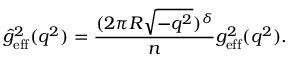
\hat { g } _ { \mathrm { e f f } } ^ { 2 } ( q ^ { 2 } ) = \frac { ( 2 \pi R \sqrt { - q ^ { 2 } } ) ^ { \delta } } { n } g _ { \mathrm { e f f } } ^ { 2 } ( q ^ { 2 } ) .